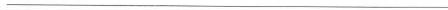
___